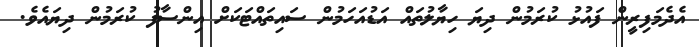
އެދެމަފިރީން ފައުޅު ކުރަމުން ދިޔަ ހިޔާލުތައް އަޑުއަހަމުން ސައިތައްޓަކަށް އިންސާފު ކުރަމުން ދިޔައެވެ.